Indian journal of veterinary science and animal husbandry - Volume 14,
Year: 1944
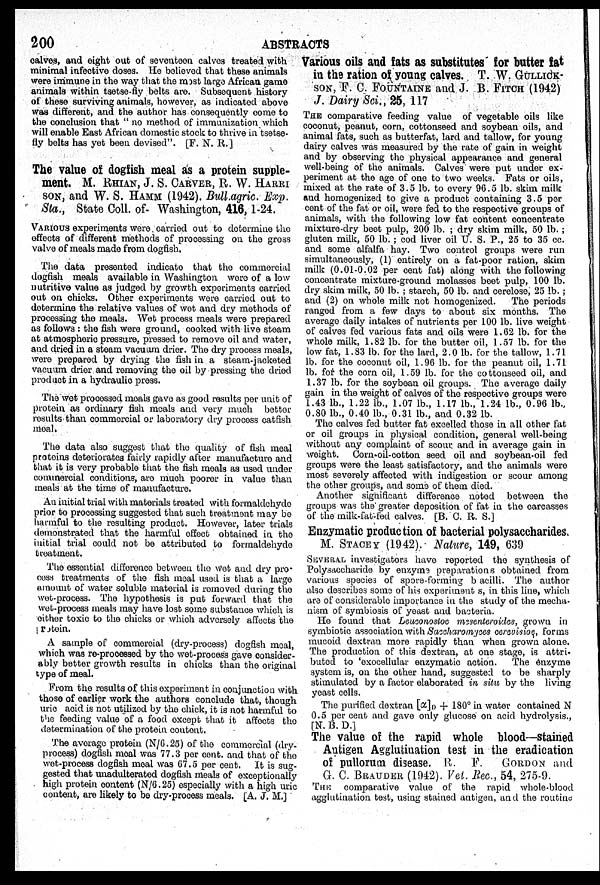
200
ABSTRACTS
calves, and eight out of seventeen calves treated with
minimal infective doses. He believed that these animals
were immune in the way that the most large African game
animals within tsetse-fly belts are. Subsequent history
of these surviving animals, however, as indicated above
was different, and the author has consequently come to
the conclusion that "no method of immunization which
will enable East African domestic stock to thrive in tsetse-
fly belts has yet been devised". [F. N. R.]
The value of dogfish meal as a protein supple
ment. M. RHIAN, J. S. CARVER, R. W. HARRI
SON, and W. S. HAMM (1942). Bull.agric. Exp.
Sta., State Coll. of Washington, 416, 1-24.
VARIOUS experiments were carried out to determine the
effects of different methods of processing on the gross
valve of meals made from dogfish.
The data presented indicate that the commercial
dogfish meals available in Washington were of a low
nutritive value as judged by growth experiments carried
out on chicks. Other experiments were carried out to
determine the relative values of wet and dry methods of
processing the meals. Wet process meals were prepared
as follows: the fish were ground, cooked with live steam
at atmospheric pressure, pressed to remove oil and water,
and dried in a steam vacuum drier. The dry process meals,
were prepared by drying the fish in a steam-jacketed
vacuum drier and removing the oil by pressing the dried
product in a hydraulic press.
The wet processed meals gave as good results per unit of
protein as ordinary fish meals and very much better
results than commercial or laboratory dry process catfish
moal.
The data also suggest that the quality of fish meal
proteins deteriorates fairly rapidly after manufacture and
that it is very probable that the fish meals as used under
commercial conditions, are much poorer in value than
meals at the time of manufacture.
An initial trial with materials treated with formaldehyde
prior to processing suggested that such treatment may be
harmful to the resulting product. However, later trials
demonstrated that the harmful effect obtained in the
initial trial could not be attributed to formaldehyde
treatment.
The essential difference between the wet and dry pro
cess treatments of the fish meal used is that a large
amount of water soluble material is removed during the
wet-process. The hypothesis is put forward that the
wet-process meals may have lost some substance which is
either toxic to the chicks or which adversely affects the
protein.
A sample of commercial (dry-process) dogfish meal,
which was re-processed by the wet-process gave consider
ably better growth results in chicks than the original
type of meal.
From the results of this experiment in conjunction with
those of earlier work the authors conclude that, though
uric acid is not utilized by the chick, it is not harmful to
the feeding value of a food except that it affects the
determination of the protein content.
The average protein (N/6.25) of the commercial (dry-
process) dogfish meal was 77.3 per cent. and that of the
wet-process dogfish meal was 67.5 per cent. It is sug
gested that unadulterated dogfish meals of exceptionally
high protein content (N/6.25) especially with a high uric
content, are likely to be dry-process meals. [A. J. M.]
Various oils and fats as substitutes for butter fat
in the ration of young calves. T. W. GULLICK-
SON, F. C. FOUNTAINE and J. B. FITCH (1942)
J. Dairy Sci., 25, 117
THE comparative feeding value of vegetable oils like
coconut, peanut, corn, cottonseed and soybean oils, and
animal fats, such as butterfat, lard and tallow, for young
dairy calves was measured by the rate of gain in weight
and by observing the physical appearance and general
well-being of the animals. Calves were put under ex
periment at the age of one to two weeks. Fats or oils,
mixed at the rate of 3.5 lb. to every 96.5 lb. skim milk
and homogenized to give a product containing 3.5 per
cent of the fat or oil, were fed to the respective groups of
animals, with the following low fat content concentrate
mixture-dry beet pulp, 200 lb. ; dry skim milk, 50 lb.;
gluten milk, 50 lb. ; cod liver oil U. S. P., 25 to 35 cc.
and some alfalfa hay. Two control groups were run
simultaneously, (1) entirely on a fat poor ration, skim
milk (0.01-0.02 per cent fat) along with the following
concentrate mixture-ground molasses beet pulp, 100 lb.
dry skim milk, 50 lb.; starch, 50 lb. and cerelose, 25 lb.;
and (2) on whole milk not homogenized.
The periods
ranged from a few days to about six months. The
average daily intakes of nutrients per 100 lb. live weight
of calves fed various fats and oils were 1.62 lb. for the
whole milk, 1.82 lb. for the butter oil, 1.57 lb. for the
low fat, 1.83 lb. for the lard, 2.0 lb. for the tallow, 1.71
lb. for the coconut oil, 1.96 lb. for the peanut oil, 1.71
lb. for the corn oil, 1.59 lb. for the cottonseed oil, and
1.37 lb. for the soybean oil groups. The average daily
gain in the weight of calves of the respective groups were
1.43 lb., 1.22 lb., 1.07 lb., 1.17 lb., 1.24 lb., 0.96 lb.,
0.80 lb., 0.40 lb., 0.31 lb., and 0.32 lb.
The calves fed butter fat excelled those in all other fat
or oil groups in physical condition, general well-being
without any complaint of scour and in average gain in
weight. Corn-oil-cotton seed oil and soybean-oil fed
groups were the least satisfactory, and the animals were
most severely affected with indigestion or scour among
the other groups, and soms of them died.
Another significant difference noted between the
groups was the greater deposition of fat in the carcasses
of the milk-fat-fed calves. [B. C. R. S.]
Enzymatic production of bacterial polysaccharides.
M. STACEY (1942). Nature, 149, 639
SEVERAL investigators have reported the synthesis of
Polysaccharide by enzyme preparations obtained from
various species of spore-forming b acilli. The author
also describes some of his experiments, in this line, which
are of considerable importance in the study of the mecha
nism of symbiosis of yeast and bacteria.
He found that Leuconostoc mesenteroiles, grown in
symbiotic association with Succharomyces cerevisioe, forms
mucoid dextran more rapidly than when grown alone.
The production of this dextran, at one stage, is attri
buted to 'exocellular enzymatic action. The enzyme
system is, on the other hand, suggested to be sharply
stimulated by a factor elaborated in situ by the living
yeast cells.
The purified dextran [α] D + 180° in water contained N
0.5 per cent and gave only glucose on acid hydrolysis.,
[N. B. D.]
The value of the rapid whole blood—stained
Antigen Agglutination test in the eradication
of pullorum disease. R. F. GORDON and
G. C. BRAUDER (1942). Vet. Rec., 54, 275-9.
THE comparative value of the rapid whole-blood
agglutination test, using stained antigen, and the routine